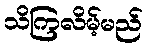
သိကြလိမ့်မည်